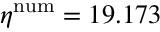
\eta ^ { \mathrm { n u m } } = 1 9 . 1 7 3